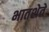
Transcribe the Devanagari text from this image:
भातशेते